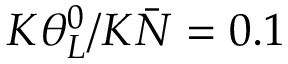
K { \theta _ { L } ^ { 0 } } / { K \bar { N } } = 0 . 1